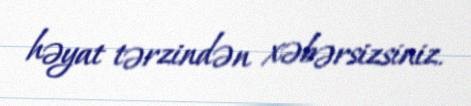
həyat tərzindən xəbərsizsiniz.